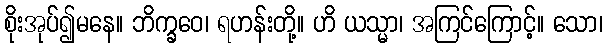
စိုးအုပ်၍မနေ။ ဘိက္ခဝေ၊ ရဟန်းတို့။ ဟိ ယသ္မာ၊ အကြင်ကြောင့်။ သော၊